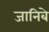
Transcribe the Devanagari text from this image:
जानिबे